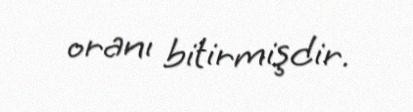
oranı bitirmişdir.